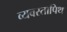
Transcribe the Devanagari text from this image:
व्यवस्तापिथ